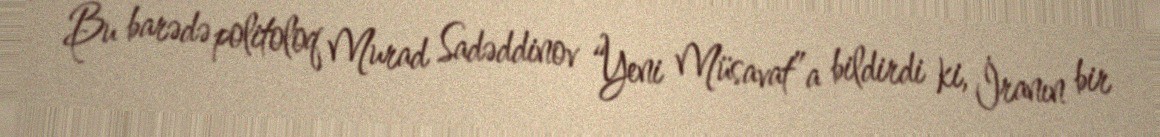
Bu barədə politoloq Murad Sadəddinov “Yeni Müsavat”a bildirdi ki, İranın bir